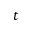
t